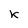
Character: k